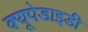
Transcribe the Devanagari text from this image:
क्यूपेडाइडी